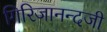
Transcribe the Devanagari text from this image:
गिरिजानन्दजी